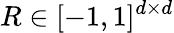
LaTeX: R\in[-1,1]^{d\times d}